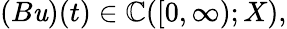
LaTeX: (B\mathit{u})(t)\in\mathbb{C}([0,\infty);X),